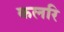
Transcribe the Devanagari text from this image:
कलरि